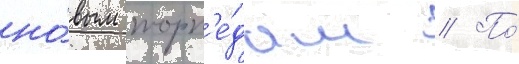
но́вым торп'е́дам // По́